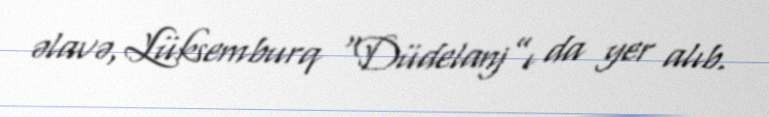
əlavə, Lüksemburq “Düdelanj”ı da yer alıb.